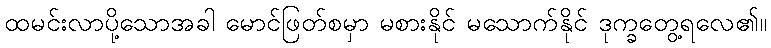
ထမင်းလာပို့သောအခါ မောင်ဖြတ်စမှာ မစားနိုင် မသောက်နိုင် ဒုက္ခတွေ့ရလေ၏။